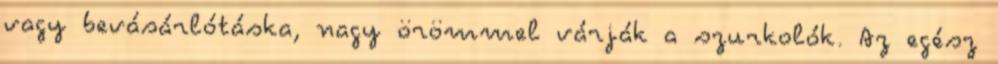
vagy bevásárlótáska, nagy örömmel várják a szurkolók. Az egész